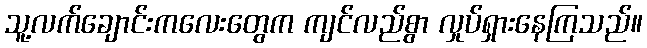
သူ့လက်ချောင်းကလေးတွေက ကျင်လည်စွာ လှုပ်ရှားနေကြသည်။